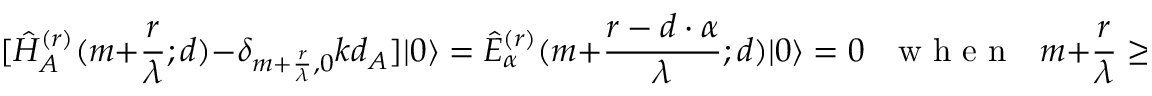
[ \hat { H } _ { A } ^ { ( r ) } ( m + \frac { r } { \lambda } ; d ) - \delta _ { m + \frac { r } { \lambda } , 0 } k d _ { A } ] | 0 \rangle = \hat { E } _ { \alpha } ^ { ( r ) } ( m + \frac { r - d \cdot \alpha } { \lambda } ; d ) | 0 \rangle \nonumber = 0 { \textrm { \ \ w h e n \ \ } } m + \frac { r } { \lambda } \geq 0